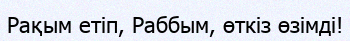
Рақым етіп, Раббым, өткіз өзімді!